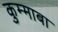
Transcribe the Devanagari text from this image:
कुम्माबा